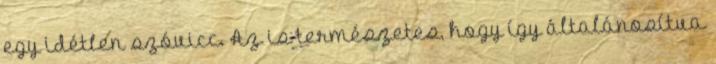
egy idétlen szóvicc. Az is természetes, hogy így általánosítva